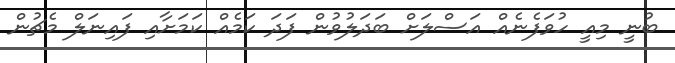
ބުނީ މިއީ ހުވަފެނެއް އަސްލަށް ބަދަލުވުން ފަދަ ކަމެއް ކަމަށާއި ފައިނަލް މެޗުން